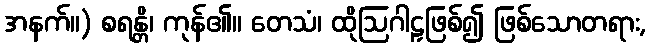
အနက်။) စရန္တိ၊ ကုန်၏။ တေသံ၊ ထိုဩဂါဠှဖြစ်၍ ဖြစ်သောတရား,